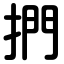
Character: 捫